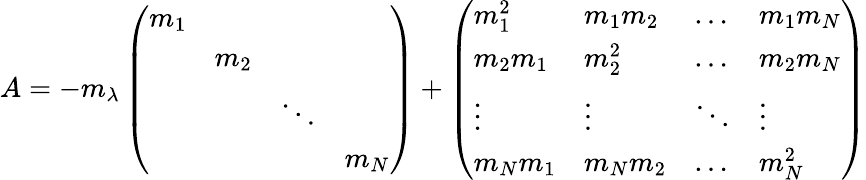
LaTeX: \begin{array}{r}{A=-m_{\lambda}\left(\begin{array}{llll}{m_{1}}&&&\\ &{m_{2}}&&\\ &&{\ddots}&\\ &&&{m_{N}}\end{array}\right)+\left(\begin{array}{llll}{m_{1}^{2}}&{m_{1}m_{2}}&{\ldots}&{m_{1}m_{N}}\\ {m_{2}m_{1}}&{m_{2}^{2}}&{\ldots}&{m_{2}m_{N}}\\ {\vdots}&{\vdots}&{\ddots}&{\vdots}\\ {m_{N}m_{1}}&{m_{N}m_{2}}&{\ldots}&{m_{N}^{2}}\end{array}\right)}\end{array}